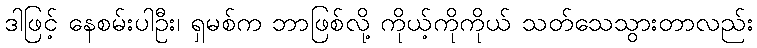
ဒါဖြင့် နေစမ်းပါဦး၊ ရှမစ်က ဘာဖြစ်လို့ ကိုယ့်ကိုကိုယ် သတ်သေသွားတာလည်း